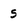
Character: s